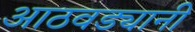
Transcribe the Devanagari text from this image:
आठवड्यानी